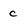
Character: c